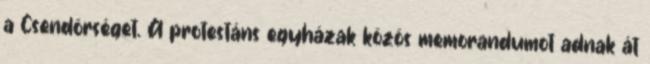
a Csendõrséget. A protestáns egyházak közös memorandumot adnak át